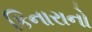
કિનારાનો